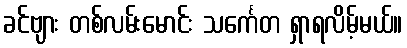
ခင်ဗျား တစ်လမ်းမောင်း သင်္ကေတ ရှာရလိမ့်မယ်။